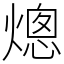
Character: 熜